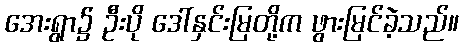
အေးရွာ၌ ဦးပို ဒေါ်နှင်းမြတို့က ဖွားမြင်ခဲ့သည်။